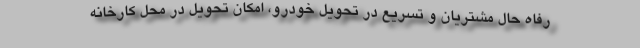
رفاه حال مشتریان و تسریع در تحویل خودرو، امکان تحویل در محل کارخانه